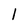
Character: l